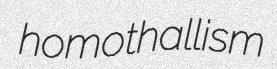
homothallism